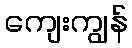
ကျေးကျွန်